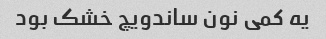
یه کمی نون ساندویچ خشک بود